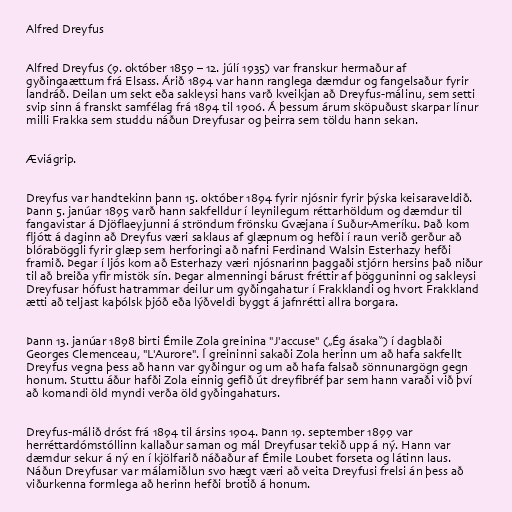
Alfred Dreyfus

Alfred Dreyfus (9. október 1859 – 12. júlí 1935) var franskur hermaður af
gyðingaættum frá Elsass. Árið 1894 var hann ranglega dæmdur og fangelsaður fyrir
landráð. Deilan um sekt eða sakleysi hans varð kveikjan að Dreyfus-málinu, sem setti
svip sinn á franskt samfélag frá 1894 til 1906. Á þessum árum sköpuðust skarpar línur
milli Frakka sem studdu náðun Dreyfusar og þeirra sem töldu hann sekan.

Æviágrip.

Dreyfus var handtekinn þann 15. október 1894 fyrir njósnir fyrir þýska keisaraveldið.
Þann 5. janúar 1895 varð hann sakfelldur í leynilegum réttarhöldum og dæmdur til
fangavistar á Djöflaeyjunni á ströndum frönsku Gvæjana í Suður-Ameríku. Það kom
fljótt á daginn að Dreyfus væri saklaus af glæpnum og hefði í raun verið gerður að
blóraböggli fyrir glæp sem herforingi að nafni Ferdinand Walsin Esterhazy hefði
framið. Þegar í ljós kom að Esterhazy væri njósnarinn þaggaði stjórn hersins það niður
til að breiða yfir mistök sín. Þegar almenningi bárust fréttir af þögguninni og sakleysi
Dreyfusar hófust hatrammar deilur um gyðingahatur í Frakklandi og hvort Frakkland
ætti að teljast kaþólsk þjóð eða lýðveldi byggt á jafnrétti allra borgara.

Þann 13. janúar 1898 birti Émile Zola greinina "J'accuse" („Ég ásaka“) í dagblaði
Georges Clemenceau, "L'Aurore". Í greininni sakaði Zola herinn um að hafa sakfellt
Dreyfus vegna þess að hann var gyðingur og um að hafa falsað sönnunargögn gegn
honum. Stuttu áður hafði Zola einnig gefið út dreyfibréf þar sem hann varaði við því
að komandi öld myndi verða öld gyðingahaturs.

Dreyfus-málið dróst frá 1894 til ársins 1904. Þann 19. september 1899 var
herréttardómstóllinn kallaður saman og mál Dreyfusar tekið upp á ný. Hann var
dæmdur sekur á ný en í kjölfarið náðaður af Émile Loubet forseta og látinn laus.
Náðun Dreyfusar var málamiðlun svo hægt væri að veita Dreyfusi frelsi án þess að
viðurkenna formlega að herinn hefði brotið á honum.